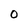
Character: 0